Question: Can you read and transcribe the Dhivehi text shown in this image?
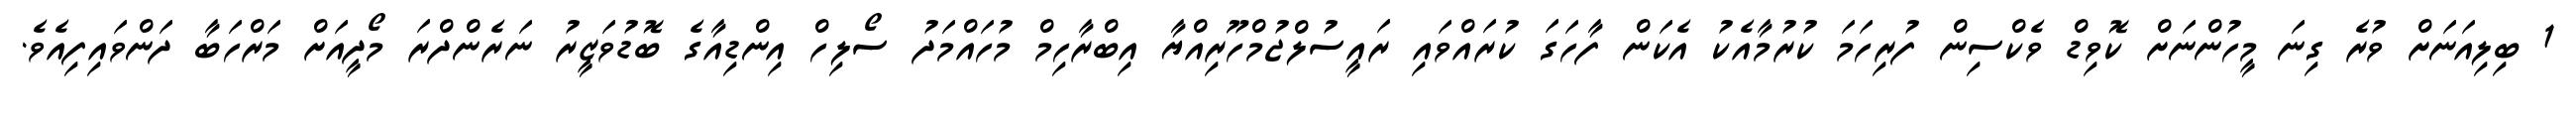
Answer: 1 ބިލިއަނަށް ވުރެ ގިނަ މީހުންނަށް ކޮވިޑް ވެކްސިން ފުރިހަމަ ކުރުމާއެކު އެކަން ފާހަގަ ކުރައްވައި ރައީސުލްޖުމްހޫރިއްޔާ އިބްރާހިމް މުހައްމަދު ސޯލިހް އިންޑިއާގެ ބޮޑުވަޒީރު ނަރެންދްރަ މޯދީއަށް މަރްހަބާ ދަންވައިފިއެވެ.